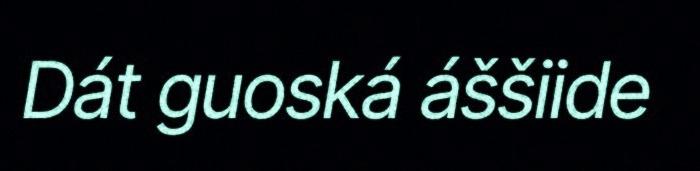
Dát guoská áššiide